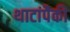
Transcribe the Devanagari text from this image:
थाटांपैकी